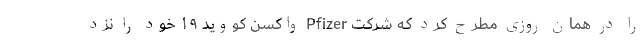
را در همان روزی مطرح کرد که شرکت Pfizer واکسن کووید ۱۹ خود را نزد